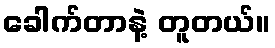
ခေါက်တာနဲ့ တူတယ်။